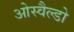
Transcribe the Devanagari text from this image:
ओस्वैल्डो